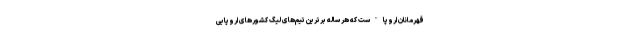
قهرمانان اروپا"ست که هر ساله برترین تیم‌‌های لیگ‌ کشورهای اروپایی